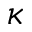
\kappa